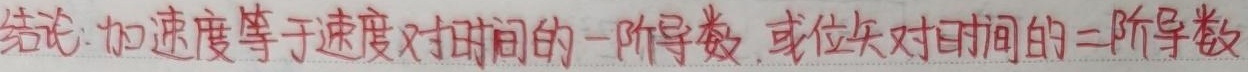
结论：加速度等于速度对时间的一阶导数，或位矢对时间的二阶导数，即：
\[
\vec{a}=\frac{d\vec{v}}{dt}=\frac{d^{2}\vec{r}}{dt^{2}}
\]